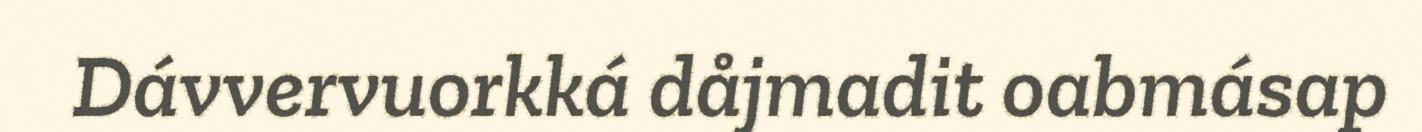
Dávvervuorkká dåjmadit oabmásap